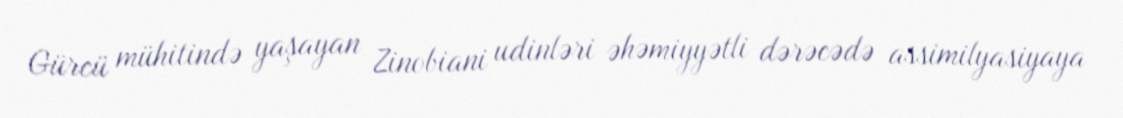
Gürcü mühitində yaşayan Zinobiani udinləri əhəmiyyətli dərəcədə assimilyasiyaya